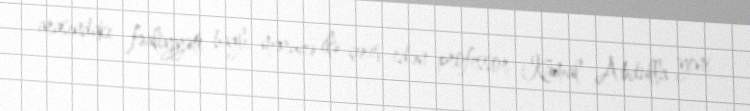
arasındakı fəaliyyəti bağlı məruzə ilə çıxış edən professor Kamal Abdulla yeni